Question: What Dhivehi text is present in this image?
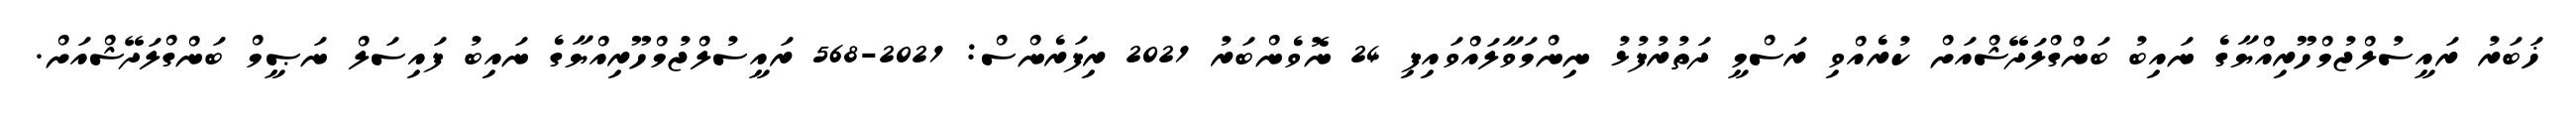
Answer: ޚަބަރު ރައީސުލްޖުމްހޫރިއްޔާގެ ނައިބު ބަންގްލަދޭޝްއަށް ކުރެއްވި ރަސްމީ ދަތުރުފުޅު ނިންމަވާލައްވައިފި 24 ނޮވެންބަރު 2021 ރިފަރެންސް: 2021-568 ރައީސުލްޖުމްހޫރިއްޔާގެ ނައިބު ފައިސަލް ނަޞީމް ބަންގްލަދޭޝްއަށް.